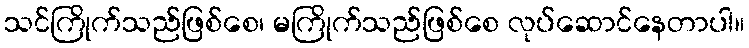
သင်ကြိုက်သည်ဖြစ်စေ၊ မကြိုက်သည်ဖြစ်စေ လုပ်ဆောင်နေတာပါ။